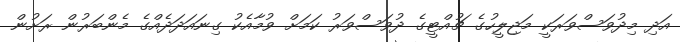
އަދި މިދުވަސްވަރަކީ މަޖިލީހުގެ ޗުއްޓީގެ ދުވަސްވަރު ކަމަށް ވުމާއެކު ގިނައަދަދެއްގެ މެންބަރުން ރަށުން